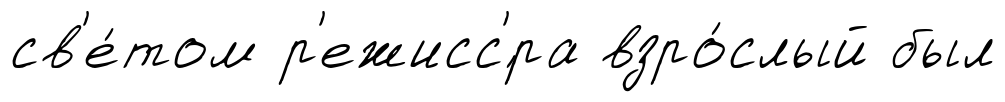
св'е́том р'ежисс'́ра взро́слый был